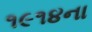
૧૯૧૪ના